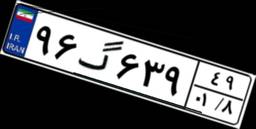
۹۶گ۶۳۹۴۹